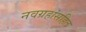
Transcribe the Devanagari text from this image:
नवग्रहांसहित